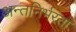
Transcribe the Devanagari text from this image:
अन्तनिर्भरता